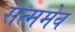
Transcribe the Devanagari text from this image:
सत्ममेव